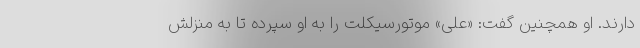
دارند. او همچنین گفت: «علی» موتورسیکلت را به او سپرده تا به منزلش